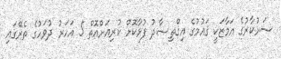
ސަރުކާރުގެ އަމާޒަކީ ޤައުމުގެ އިޤްތިޞާދު ފުޅާކޮށް ކުރިއަށްއޮތް 5 އަހަރު ދުވަހުގެ ތެރޭގައި